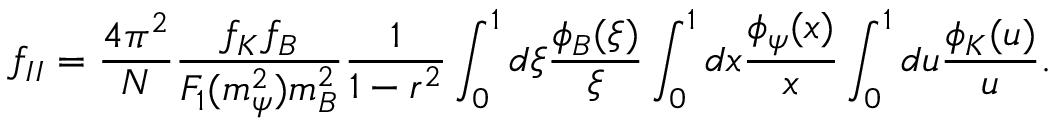
f _ { I I } = \frac { 4 \pi ^ { 2 } } { N } \frac { f _ { K } f _ { B } } { F _ { 1 } ( m _ { \psi } ^ { 2 } ) m _ { B } ^ { 2 } } \frac { 1 } { 1 - r ^ { 2 } } \int _ { 0 } ^ { 1 } d \xi \frac { \phi _ { B } ( \xi ) } { \xi } \int _ { 0 } ^ { 1 } d x \frac { \phi _ { \psi } ( x ) } { x } \int _ { 0 } ^ { 1 } d u \frac { \phi _ { K } ( u ) } { u } .